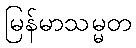
မြန်မာသမ္မတ